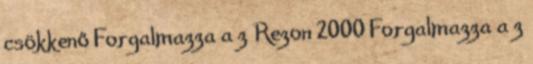
csökkenő Forgalmazza a z Rezon 2000 Forgalmazza a z